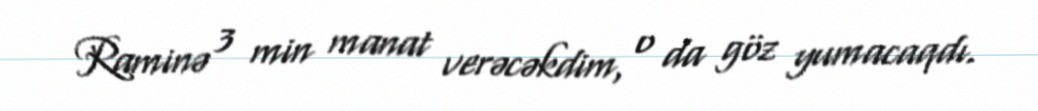
Raminə 3 min manat verəcəkdim, o da göz yumacaqdı.